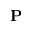
\mathbf { P }